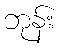
ဘုန်း